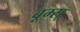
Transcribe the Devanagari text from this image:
बूम्स्